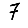
Digit: 7